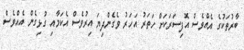
ބާރުތަކުގެ އެއްވެސް އޮފިސަރަކަށް ހަތަރު އަހަރު ވެގެންދިޔަ އިރުވެސް އެކަމާއި ގުޅިގެން އެއްވެސް